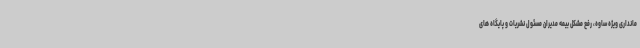
مانداری ویژه ساوه، رفع مشکل بیمه مدیران مسئول نشریات و پایگاه های